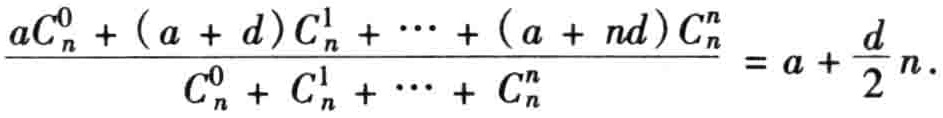
\[\frac{aC_{n}^{0}+(a + d)C_{n}^{1}+\cdots+(a + nd)C_{n}^{n}}{C_{n}^{0}+C_{n}^{1}+\cdots+C_{n}^{n}} = a+\frac{d}{2}n.\]